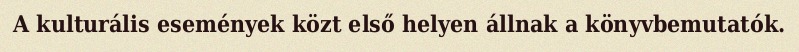
A kulturális események közt első helyen állnak a könyvbemutatók.